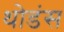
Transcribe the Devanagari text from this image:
थोडंस